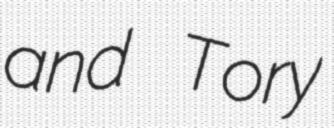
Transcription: and Tory